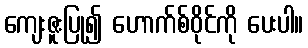
ကျေးဇူးပြု၍ ဟောက်စ်ဝိုင်ကို ပေးပါ။